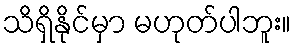
သိရှိနိုင်မှာ မဟုတ်ပါဘူး။